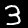
Digit: 3